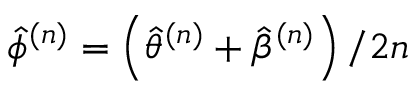
\hat { \phi } ^ { ( n ) } = \left( \hat { \theta } ^ { ( n ) } + \hat { \beta } ^ { ( n ) } \right) / 2 n